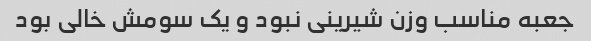
جعبه مناسب وزن شیرینی نبود و یک سومش خالی بود